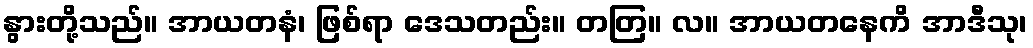
နွားတို့သည်။ အာယတနံ၊ ဖြစ်ရာ ဒေသတည်း။ တတြ။ လ။ အာယတနေကိ အာဒီသု၊